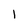
Character: 1